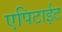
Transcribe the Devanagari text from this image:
एपिटाईट